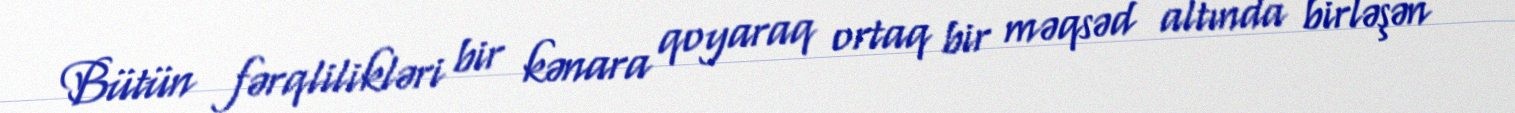
Bütün fərqlilikləri bir kənara qoyaraq ortaq bir məqsəd altında birləşən